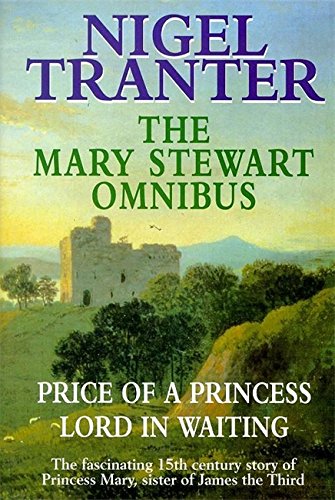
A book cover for Mary Stewart Omnibus: Price of a Princess / Lord in Waiting; Nigel Tranter; Science Fiction & Fantasy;